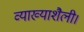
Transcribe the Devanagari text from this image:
व्याख्याशैली।